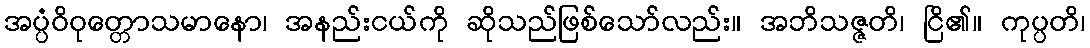
အပ္ပံဝိဝုတ္တောသမာနော၊ အနည်းငယ်ကို ဆိုသည်ဖြစ်သော်လည်း။ အဘိသဇ္ဇတိ၊ ငြိ၏။ ကုပ္ပတိ၊